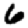
Digit: 6